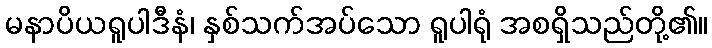
မနာပိယရူပါဒီနံ၊ နှစ်သက်အပ်သော ရူပါရုံ အစရှိသည်တို့၏။